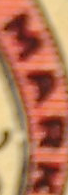
MARK